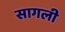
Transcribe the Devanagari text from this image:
सागली